Medical and sanitary report of the native army of Bengal for the year
Year: 1877
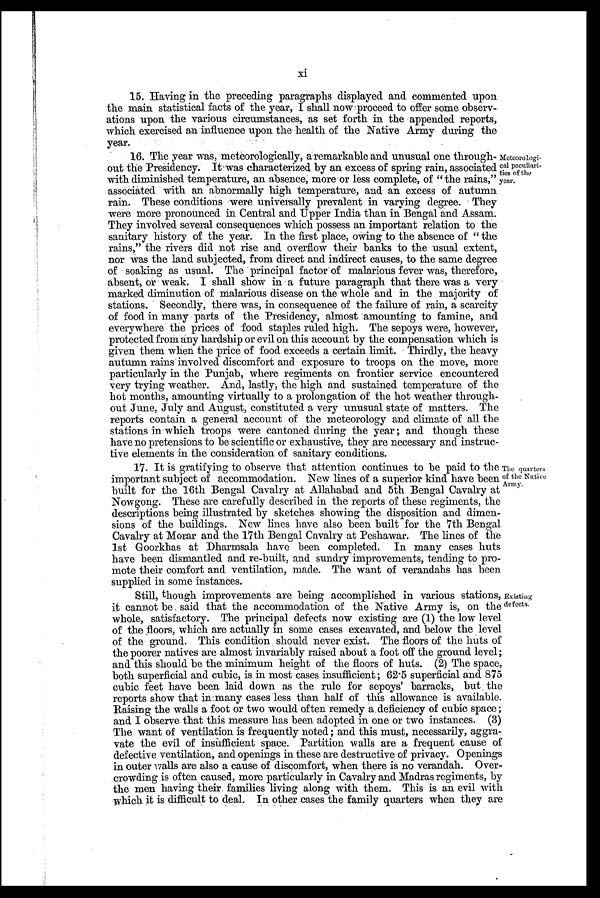
xi
15. Having in the preceding paragraphs displayed and commented upon
the main statistical facts of the year, I shall now proceed to offer some observ-
ations upon the various circumstances, as set forth in the appended reports,
which exercised an influence upon the health of the Native Army during the
year.
16. The year was, meteorologically, a remarkable and unusual one through-
out the Presidency. It was characterized by an excess of spring rain, associated
with diminished temperature, an absence, more or less complete, of "the rains,"
associated with an abnormally high temperature, and an excess of autumn
rain. These conditions were universally prevalent in varying degree. They
were more pronounced in Central and. Upper India than in Bengal and Assam.
They involved several consequences which possess an important relation to the
sanitary history of the year. In the first place, owing to the absence of " the
rains," the rivers did not rise and overflow their banks to the usual extent,
nor was the land subjected, from direct and indirect causes, to the same degree
of soaking as usual. The principal factor of malarious fever was, therefore,
absent, or weak. I shall show in a future paragraph that there was a very
marked diminution of malarious disease on the whole and in the majority of
stations. Secondly, there was, in consequence of the failure of rain, a scarcity
of food in many parts of the Presidency, almost amounting to famine, and
everywhere the prices of food staples ruled high. The sepoys were, however,
protected from any hardship or evil on this account by the compensation which is
given them when the price of food exceeds a certain limit. Thirdly, the heavy
autumn rains involved discomfort and exposure to troops on the move, more
particularly in the Punjab, where regiments on frontier service encountered
very trying weather. And, lastly, the high and sustained temperature of the
hot months, amounting virtually to a prolongation of the hot weather through-
-out June, July and August, constituted a very unusual state of matters. The
reports contain a general account of the meteorology and climate of all the
stations in which troops were cantoned during the year; and though these
have no pretensions to be scientific or exhaustive, they .are necessary and instruc-
tive elements in the consideration of sanitary conditions.
Meteorologi-
cal peculiari-
ties of the
year.
17. It is gratifying to observe that attention continues to be paid to the
important subject of accommodation. New lines of a superior kind. have been
built for the 16th Bengal Cavalry at Allahabad and 5th Bengal Cavalry at
Nowgong. These are carefully described in the reports of these regiments, the
descriptions being illustrated by sketches showing the disposition and dimen-
sions of the buildings. New lines have also been built for the 7th Bengal
Cavalry at Morar and the 17th Bengal Cavalry at Peshawar. The lines of the
1st Goorkhas at Dharmsala 'have been completed. In many cases huts
have been dismantled and re-built, and sundry improvements, tending to pro-
mote their comfort and ventilation, made. The want of verandahs has been
supplied in some instances.
Still, though improvements are being accomplished in various stations,
it cannot be said that the accommodation of the Native Army is, on the
whole, satisfactory. The principal defects now existing are (1) the low level
of the floors, which are actually in some cases excavated, and below the level
of the ground. This condition should never exist. The floors of the huts of
the poorer natives are almost invariably raised about a foot off the ground. level;
and this should be the minimum height of the floors of huts. (2) The space,
both superficial and cubic, is in most cases insufficient; 62.5 superficial and 875
cubic feet have been laid down as the rule for sepoys' barracks, but the
reports show that in many cases less than half of this allowance is available.
Raising the walls a foot or two would often remedy a deficiency of cubic space;
and I observe that this measure has been adopted in one or two instances. (3)
The want of ventilation is frequently noted ; and this must, necessarily, aggra-
vate the evil of insufficient space. Partition walls are a , frequent cause of
defective ventilation, and openings in these are destructive of privacy. Openings
in outer walls are also a cause of discomfort, when there is no verandah. Over-
crowding is often caused, more particularly in Cavalry and Madras regiments, by
the men having their families living along with them. This is an evil with
which it is difficult to deal. In other cases the family quarters when they are
The quarters
Df the Native
Army.
Existing
defects.